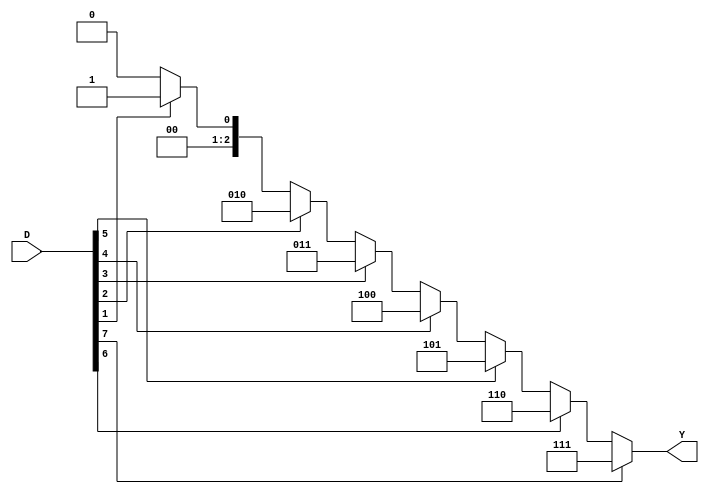
module eight_to_three_priority_encoder(D,Y);
input  [7:0] D;
output reg [2:0] Y;
integer i;
always @(*) begin
    Y=0;
    for(i=0;i<=7;i=i+1)
        if(D[i]) begin
            Y=i;
            i=8;
        end
end
endmodule